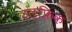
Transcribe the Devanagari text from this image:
उल्फ्रिक